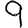
Digit: 9